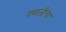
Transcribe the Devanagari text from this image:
रणजीचा